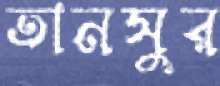
তানসুর